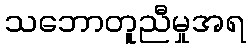
သဘောတူညီမှုအရ